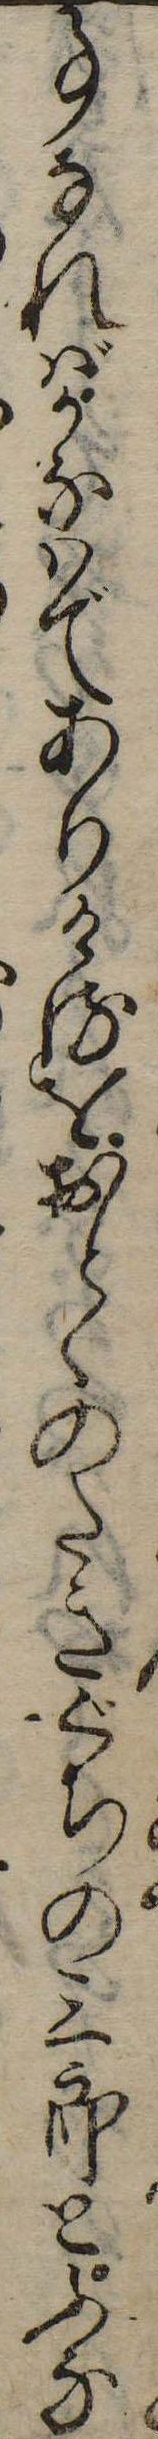
事なればかなはでありけるをおとゝのたきぐちの三郎とふな